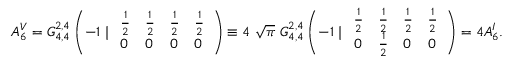
A _ { 6 } ^ { V } = G _ { 4 , 4 } ^ { 2 , 4 } \left( - 1 \mid \begin{array} { l l l l } { { \frac 1 2 } } & { { \frac 1 2 } } & { { \frac 1 2 } } & { { \frac 1 2 } } \\ { { 0 } } & { { 0 } } & { { 0 } } & { { 0 } } \end{array} \right) \equiv 4 \ { \sqrt \pi } \ G _ { 4 , 4 } ^ { 2 , 4 } \left( - 1 \mid \begin{array} { l l l l } { { \frac 1 2 } } & { { \frac 1 2 } } & { { \frac 1 2 } } & { { \frac 1 2 } } \\ { { 0 } } & { { \frac 1 2 } } & { { 0 } } & { { 0 } } \end{array} \right) = 4 A _ { 6 } ^ { I } .